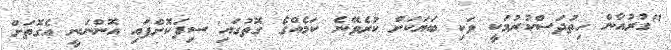
"ގުރުއާން ހިތުދަސްކުރުމަކީ ވަކި ބަޔަކަށް ކުރެވޭނެ ކަމެއްގެ ގޮތުގައި ސިފަކޮށްފައި އޮންނަނީ އެގޮތަށް